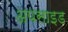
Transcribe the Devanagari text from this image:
अपसाइड